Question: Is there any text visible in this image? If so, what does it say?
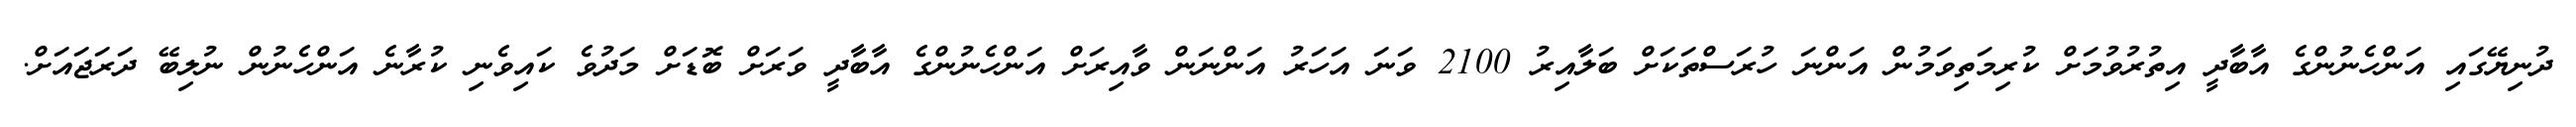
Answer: ދުނިޔޭގައި އަންހެނުންގެ އާބާދީ އިތުރުވުމަށް ކުރިމަތިވަމުން އަންނަ ހުރަސްތަކަށް ބަލާއިރު 2100 ވަނަ އަހަރު އަންނަން ވާއިރަށް އަންހެނުންގެ އާބާދީ ވަރަށް ބޮޑަށް މަދުވެ ކައިވެނި ކުރާނެ އަންހެނުން ނުލިބޭ ދަރަޖައަށް.